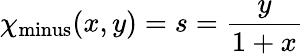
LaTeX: \chi_{\mathrm{minus}}(x,y)=s={\frac{y}{1+x}}